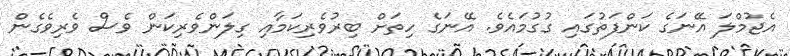
އެޖުމްލަ އޭނަގެ ކަންފަތުގައި ގުގުމައެވެ. އޭނަގެ ހިތަށް ބިރުވެރިކަމާއި ގިލަންވެރިކަން ވެސް ވެރިވެގެން